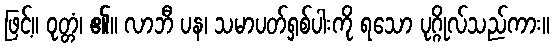
ဖြင့်။ ဝုတ္တံ၊ ၏။ လာဘီ ပန၊ သမာပတ်ရှစ်ပါးကို ရသော ပုဂ္ဂိုလ်သည်ကား။